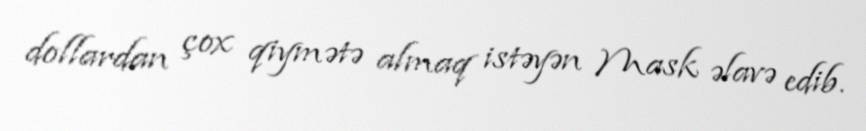
dollardan çox qiymətə almaq istəyən Mask əlavə edib.